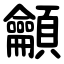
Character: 龥